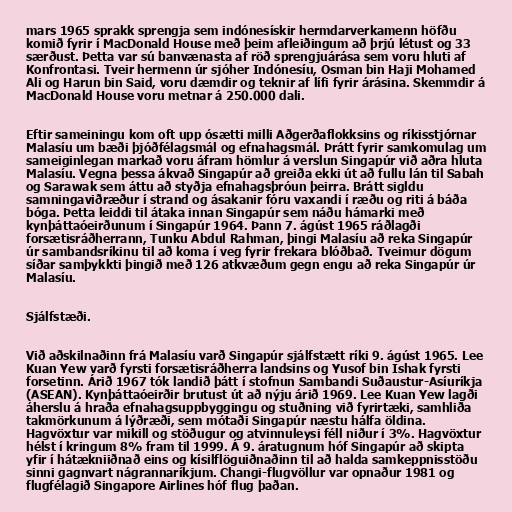
mars 1965 sprakk sprengja sem indónesískir hermdarverkamenn höfðu
komið fyrir í MacDonald House með þeim afleiðingum að þrjú létust og 33
særðust. Þetta var sú banvænasta af röð sprengjuárása sem voru hluti af
Konfrontasi. Tveir hermenn úr sjóher Indónesíu, Osman bin Haji Mohamed
Ali og Harun bin Said, voru dæmdir og teknir af lífi fyrir árásina. Skemmdir á
MacDonald House voru metnar á 250.000 dali.

Eftir sameiningu kom oft upp ósætti milli Aðgerðaflokksins og ríkisstjórnar
Malasíu um bæði þjóðfélagsmál og efnahagsmál. Þrátt fyrir samkomulag um
sameiginlegan markað voru áfram hömlur á verslun Singapúr við aðra hluta
Malasíu. Vegna þessa ákvað Singapúr að greiða ekki út að fullu lán til Sabah
og Sarawak sem áttu að styðja efnahagsþróun þeirra. Brátt sigldu
samningaviðræður í strand og ásakanir fóru vaxandi í ræðu og riti á báða
bóga. Þetta leiddi til átaka innan Singapúr sem náðu hámarki með
kynþáttaóeirðunum í Singapúr 1964. Þann 7. ágúst 1965 ráðlagði
forsætisráðherrann, Tunku Abdul Rahman, þingi Malasíu að reka Singapúr
úr sambandsríkinu til að koma í veg fyrir frekara blóðbað. Tveimur dögum
síðar samþykkti þingið með 126 atkvæðum gegn engu að reka Singapúr úr
Malasíu.

Sjálfstæði.

Við aðskilnaðinn frá Malasíu varð Singapúr sjálfstætt ríki 9. ágúst 1965. Lee
Kuan Yew varð fyrsti forsætisráðherra landsins og Yusof bin Ishak fyrsti
forsetinn. Árið 1967 tók landið þátt í stofnun Sambandi Suðaustur-Asíuríkja
(ASEAN). Kynþáttaóeirðir brutust út að nýju árið 1969. Lee Kuan Yew lagði
áherslu á hraða efnahagsuppbyggingu og stuðning við fyrirtæki, samhliða
takmörkunum á lýðræði, sem mótaði Singapúr næstu hálfa öldina.
Hagvöxtur var mikill og stöðugur og atvinnuleysi féll niður í 3%. Hagvöxtur
hélst í kringum 8% fram til 1999. Á 9. áratugnum hóf Singapúr að skipta
yfir í hátækniiðnað eins og kísilflöguiðnaðinn til að halda samkeppnisstöðu
sinni gagnvart nágrannaríkjum. Changi-flugvöllur var opnaður 1981 og
flugfélagið Singapore Airlines hóf flug þaðan.